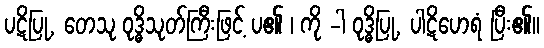
ပဋိပြု, တေသု ဝုဒ္ဓိသုတ်ကြီးဖြင့် ပ၏ ၊ ကို -ါ ဝုဒ္ဓိပြု, ပါဋိဟေရံ ပြီး၏။